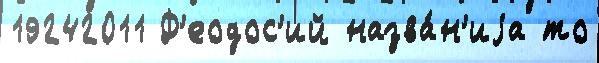
19242011 Ф'еодос'ий назва́н'иjа то